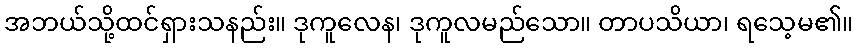
အဘယ်သို့ထင်ရှားသနည်း။ ဒုကူလေန၊ ဒုကူလမည်သော။ တာပသိယာ၊ ရသေ့မ၏။